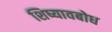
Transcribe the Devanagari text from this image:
शिष्यावबोध